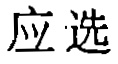
应选